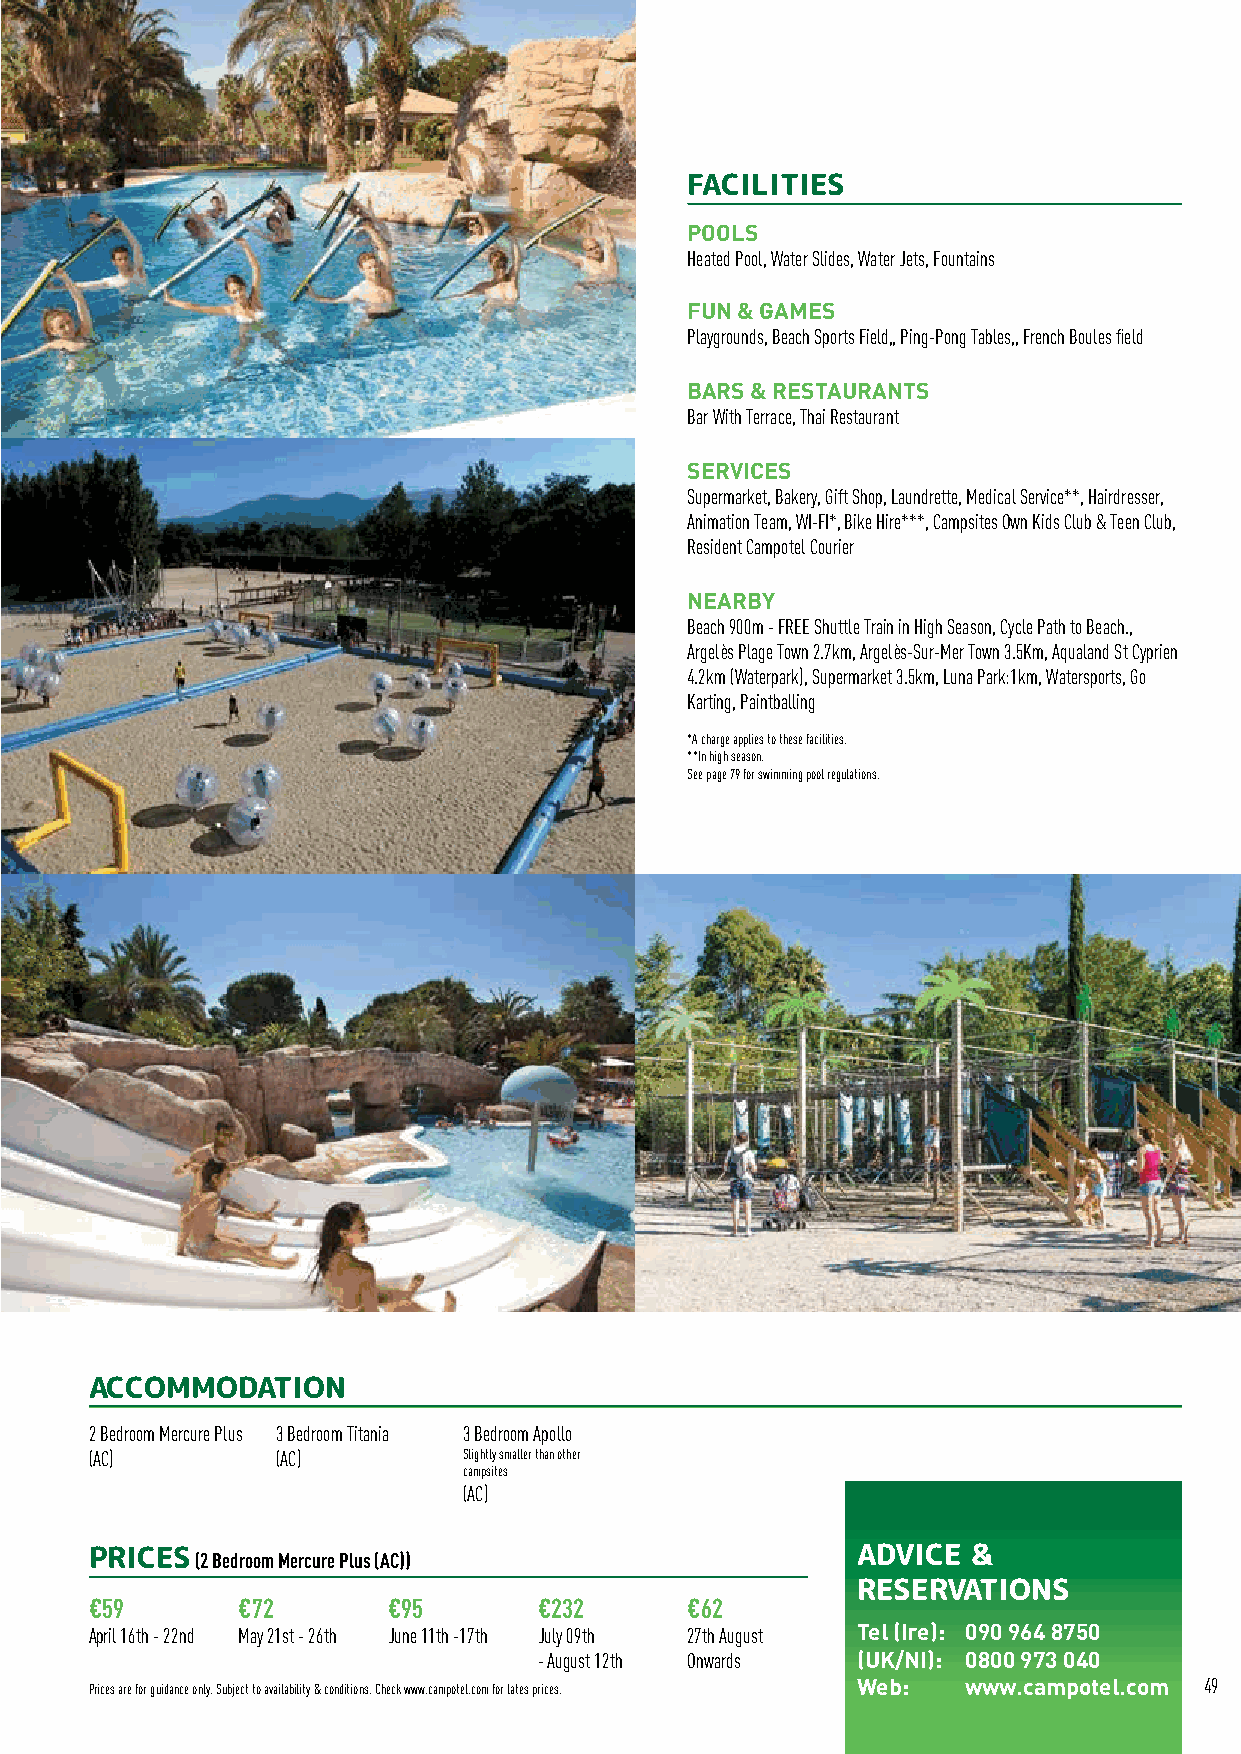
LANGUEDOC FRANCE
 FACILITIES
 POOLS
 Heated Pool, Water Slides, Water Jets, Fountains
 FUN & GAMES
 Playgrounds, Beach Sports Field,, Ping-Pong Tables,, French Boules field
 BARS & RESTAURANTS
 Bar With Terrace, Thai Restaurant
 SERVICES
 Supermarket, Bakery, Gift Shop, Laundrette, Medical Service**, Hairdresser,
 Animation Team, WI-FI*, Bike Hire***, Campsites Own Kids Club & Teen Club,
 Resident Campotel Courier
 NEARBY
 Beach 900m - FREE Shuttle Train in High Season, Cycle Path to Beach.,
 Argelès Plage Town 2.7km, Argelès-Sur-Mer Town 3.5Km, Aqualand St Cyprien
 4.2km (Waterpark), Supermarket 3.5km, Luna Park:1km, Watersports, Go
 Karting, Paintballing
 *A charge applies to these facilities.
 **In high season.
 See page 79 for swimming pool regulations.
 ACCOMMODATION
 2 Bedroom Mercure Plus 3 Bedroom Titania 3 Bedroom Apollo
 (AC)        (AC)         Slightly smaller than other
 campsites
 (AC)
 PRICES (2 Bedroom Mercure Plus (AC))               ADVICE &
 RESERVATIONS
 €59       €72       €95       €232     €62
 April 16th - 22nd May 21st - 26th June 11th -17th July 09th 27th August Tel (Ire): 090 964 8750
 - August 12th Onwards (UK/NI): 0800 973 040
 Prices are for guidance only. Subject to availability & conditions. Check www.campotel.com for lates prices. Web: www.campotel.com 49